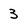
Character: 3